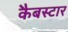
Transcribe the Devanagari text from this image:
कैबस्टार